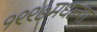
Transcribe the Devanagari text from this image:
१९९७मधल्या